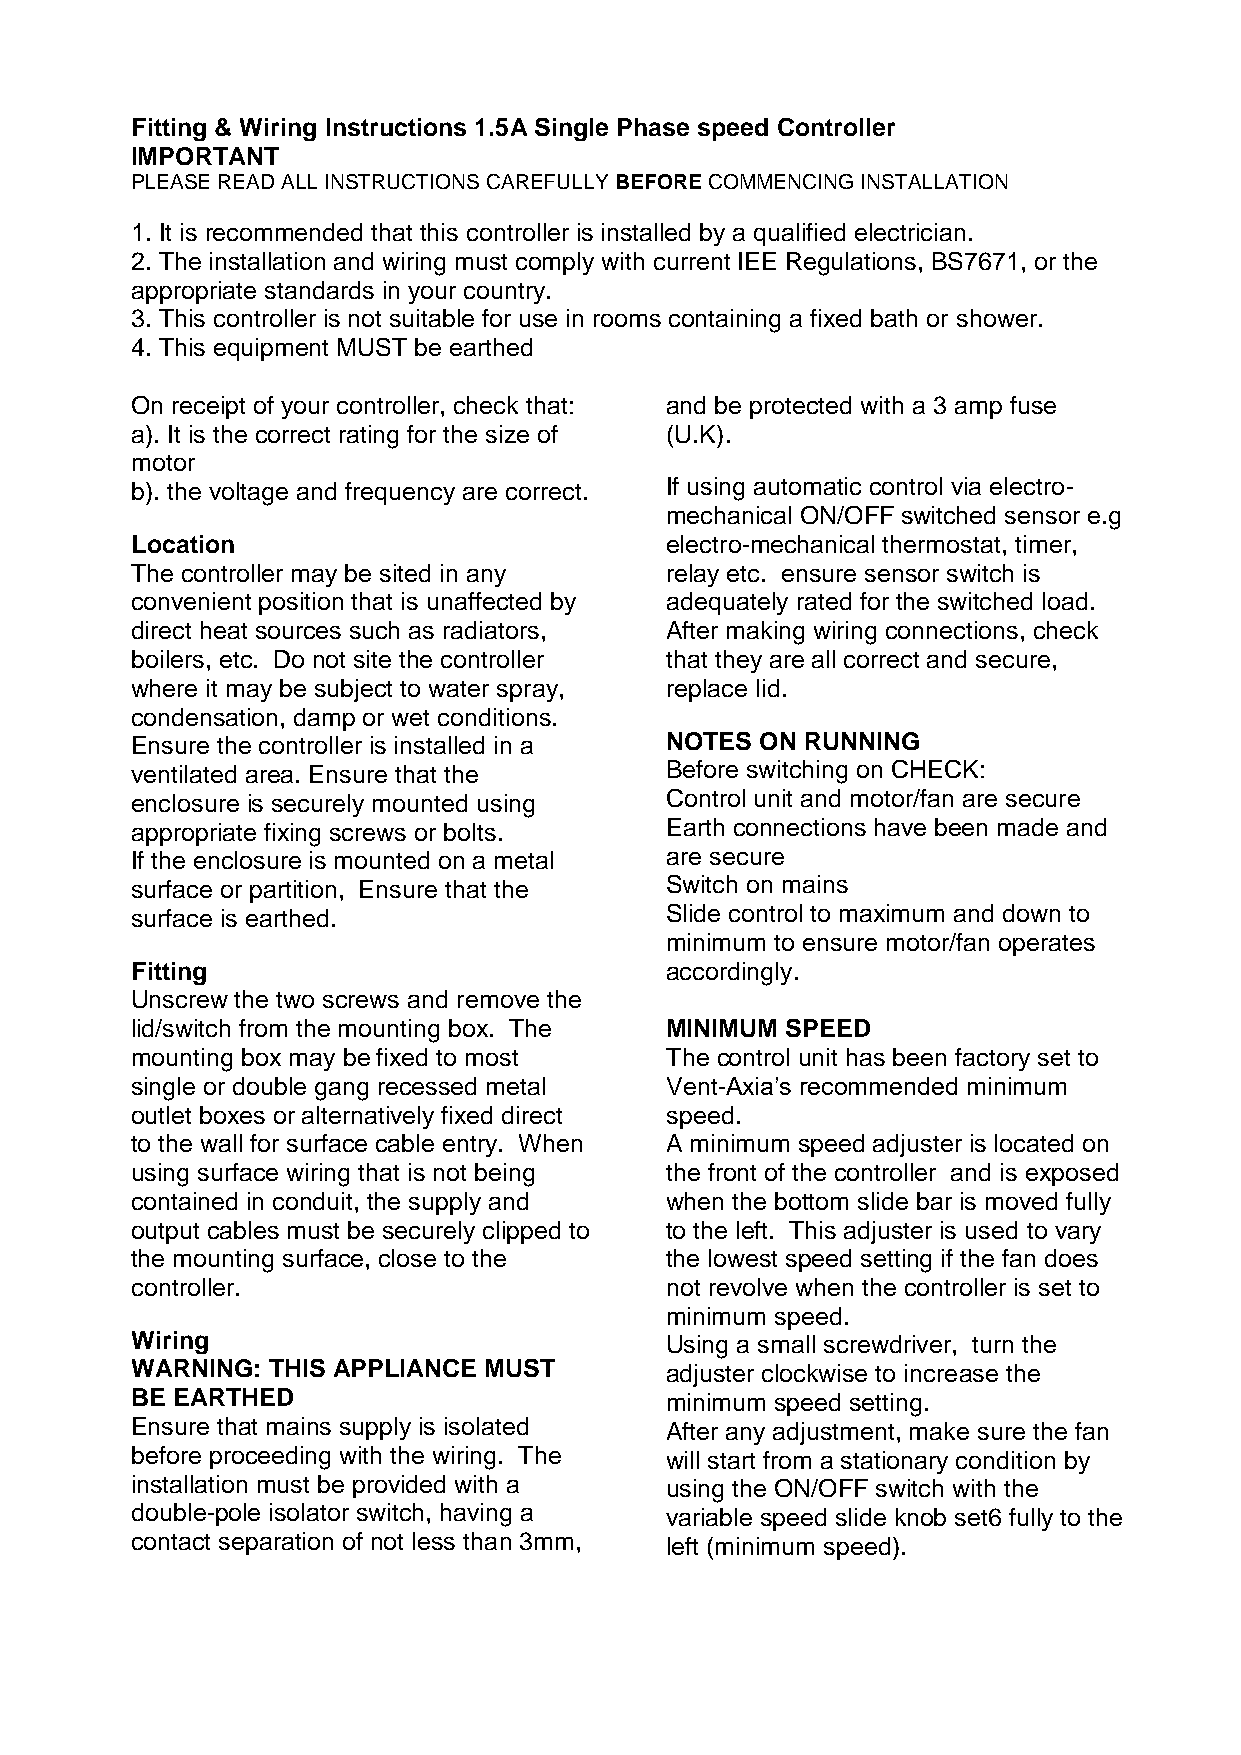
Fitting & Wiring Instructions 1.5A Single Phase speed Controller
 IMPORTANT
 PLEASE READ ALL INSTRUCTIONS CAREFULLY BEFORE COMMENCING INSTALLATION
 1. It is recommended that this controller is installed by a qualified electrician.
 2. The installation and wiring must comply with current IEE Regulations, BS7671, or the
 appropriate standards in your country.
 3. This controller is not suitable for use in rooms containing a fixed bath or shower.
 4. This equipment MUST be earthed
 On receipt of your controller, check that: and be protected with a 3 amp fuse
 a). It is the correct rating for the size of (U.K).
 motor
 b). the voltage and frequency are correct. If using automatic control via electro-
 mechanical ON/OFF switched sensor e.g
 Location                           electro-mechanical thermostat, timer,
 The controller may be sited in any relay etc. ensure sensor switch is
 convenient position that is unaffected by adequately rated for the switched load.
 direct heat sources such as radiators, After making wiring connections, check
 boilers, etc. Do not site the controller that they are all correct and secure,
 where it may be subject to water spray, replace lid.
 condensation, damp or wet conditions.
 Ensure the controller is installed in a NOTES ON RUNNING
 ventilated area. Ensure that the   Before switching on CHECK:
 enclosure is securely mounted using Control unit and motor/fan are secure
 appropriate fixing screws or bolts. Earth connections have been made and
 If the enclosure is mounted on a metal are secure
 surface or partition, Ensure that the Switch on mains
 surface is earthed.                Slide control to maximum and down to
 minimum to ensure motor/fan operates
 Fitting                            accordingly.
 Unscrew the two screws and remove the
 lid/switch from the mounting box. The MINIMUM SPEED
 mounting box may be fixed to most  The control unit has been factory set to
 single or double gang recessed metal Vent-Axia’s recommended minimum
 outlet boxes or alternatively fixed direct speed.
 to the wall for surface cable entry. When A minimum speed adjuster is located on
 using surface wiring that is not being the front of the controller and is exposed
 contained in conduit, the supply and when the bottom slide bar is moved fully
 output cables must be securely clipped to to the left. This adjuster is used to vary
 the mounting surface, close to the the lowest speed setting if the fan does
 controller.                        not revolve when the controller is set to
 minimum speed.
 Wiring                             Using a small screwdriver, turn the
 WARNING: THIS APPLIANCE MUST       adjuster clockwise to increase the
 BE EARTHED                         minimum speed setting.
 Ensure that mains supply is isolated After any adjustment, make sure the fan
 before proceeding with the wiring. The will start from a stationary condition by
 installation must be provided with a using the ON/OFF switch with the
 double-pole isolator switch, having a variable speed slide knob set6 fully to the
 contact separation of not less than 3mm, left (minimum speed).